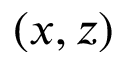
( x , z )